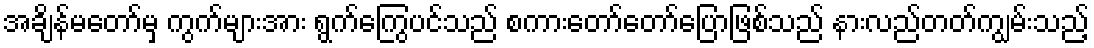
အချိန်မတော်မှ ကွက်များအား ရွက်ကြွေပင်သည် စကားတော်တော်ပြောဖြစ်သည် နားလည်တတ်ကျွမ်းသည့်